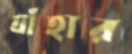
যাঁহার